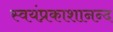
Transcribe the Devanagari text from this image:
स्वयंप्रकाशानन्द